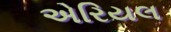
એરિયલ